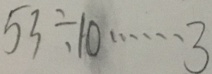
5 3 \div 1 0 \cdots 3